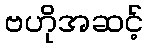
ဗဟိုအဆင့်